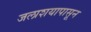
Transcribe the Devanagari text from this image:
जलाशयापासून